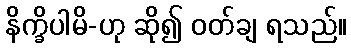
နိက္ခိပါမိ-ဟု ဆို၍ ဝတ်ချ ရသည်။